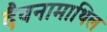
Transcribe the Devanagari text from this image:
दैवनामाथिल